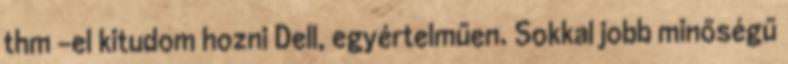
thm -el kitudom hozni Dell, egyértelműen. Sokkal jobb minőségű